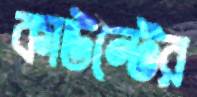
কাউন্টের